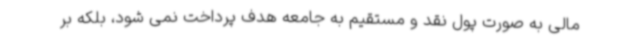
مالی به صورت پول نقد و مستقیم به جامعه هدف پرداخت نمی شود، بلکه بر